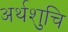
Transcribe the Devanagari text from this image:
अर्थशुचि